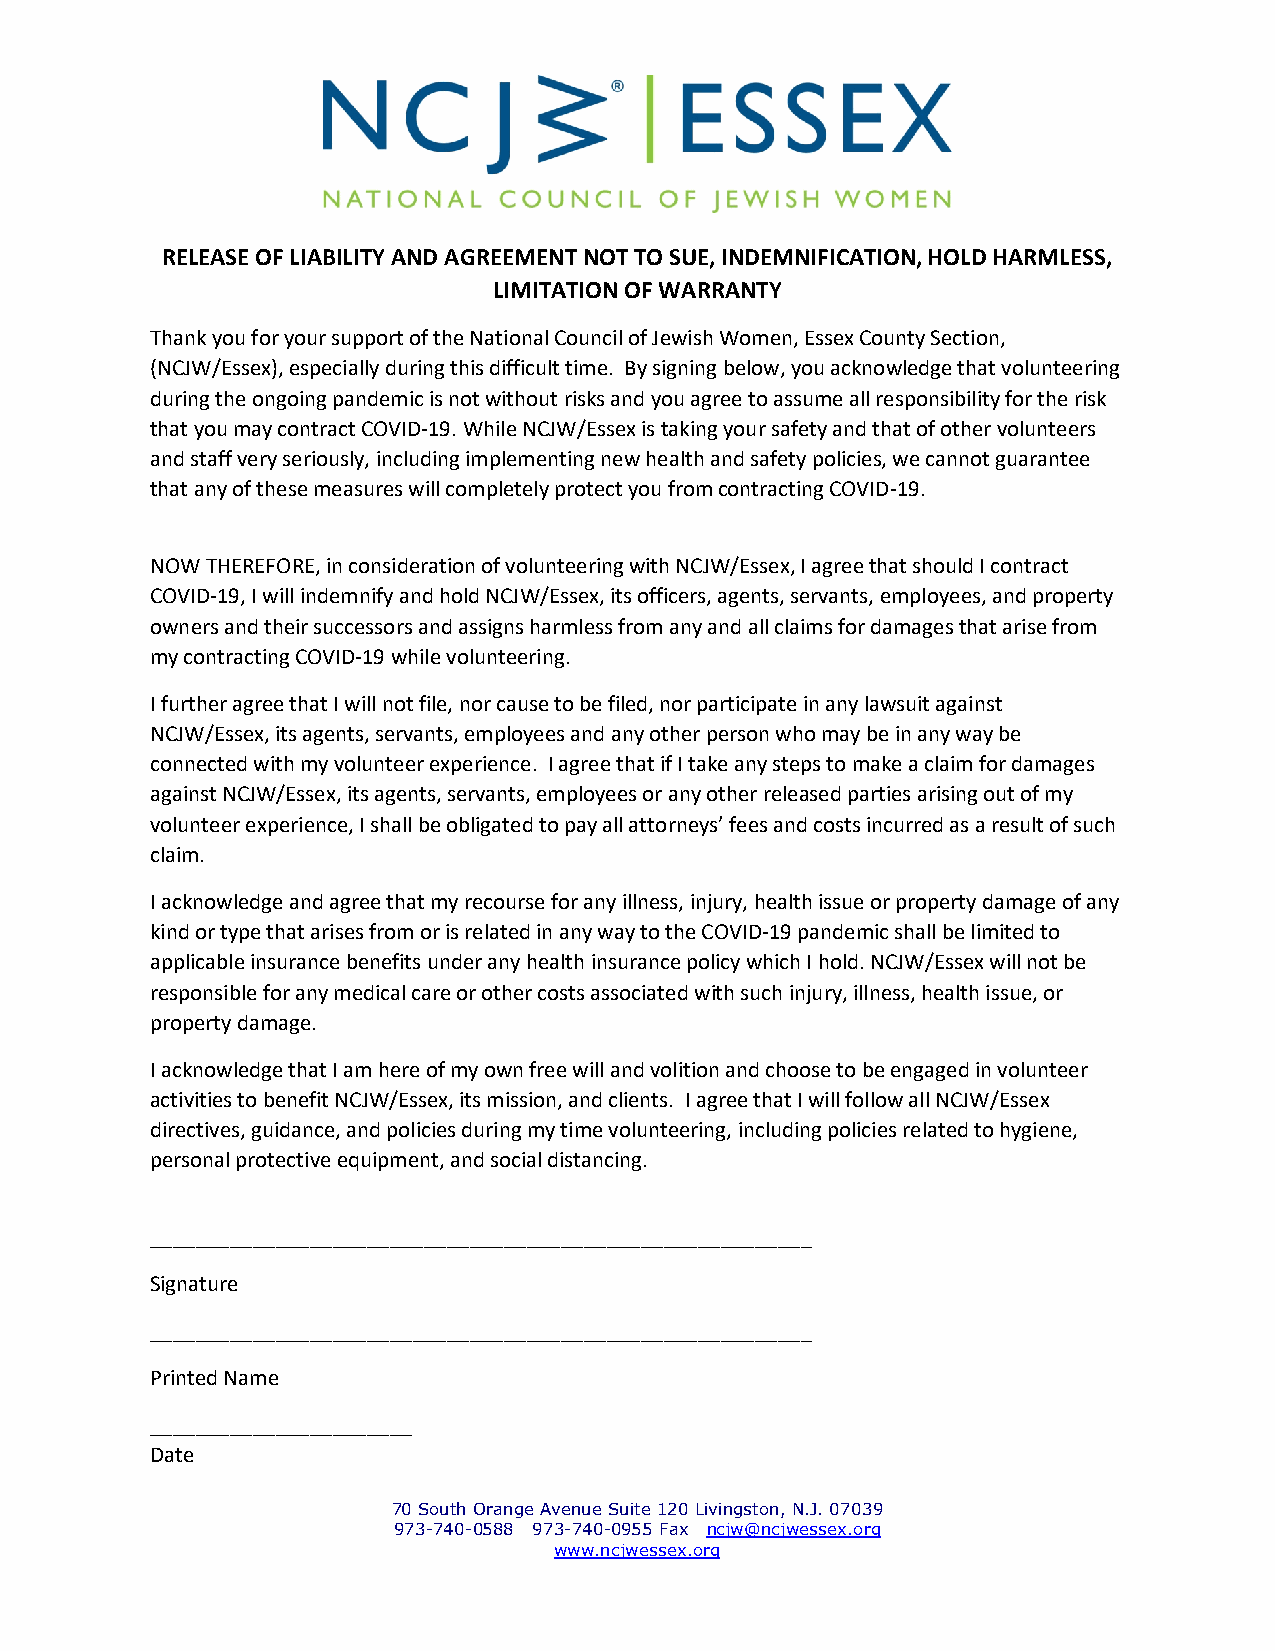
RELEASE OF LIABILITY AND AGREEMENT NOT TO SUE, INDEMNIFICATION, HOLD HARMLESS,
 LIMITATION OF WARRANTY
 Thank you for your support of the National Council of Jewish Women, Essex County Section,
 (NCJW/Essex), especially during this difficult time. By signing below, you acknowledge that volunteering
 during the ongoing pandemic is not without risks and you agree to assume all responsibility for the risk
 that you may contract COVID-19. While NCJW/Essex is taking your safety and that of other volunteers
 and staff very seriously, including implementing new health and safety policies, we cannot guarantee
 that any of these measures will completely protect you from contracting COVID-19.
 NOW THEREFORE, in consideration of volunteering with NCJW/Essex, I agree that should I contract
 COVID-19, I will indemnify and hold NCJW/Essex, its officers, agents, servants, employees, and property
 owners and their successors and assigns harmless from any and all claims for damages that arise from
 my contracting COVID-19 while volunteering.
 I further agree that I will not file, nor cause to be filed, nor participate in any lawsuit against
 NCJW/Essex, its agents, servants, employees and any other person who may be in any way be
 connected with my volunteer experience. I agree that if I take any steps to make a claim for damages
 against NCJW/Essex, its agents, servants, employees or any other released parties arising out of my
 volunteer experience, I shall be obligated to pay all attorneys’ fees and costs incurred as a result of such
 claim.
 I acknowledge and agree that my recourse for any illness, injury, health issue or property damage of any
 kind or type that arises from or is related in any way to the COVID-19 pandemic shall be limited to
 applicable insurance benefits under any health insurance policy which I hold. NCJW/Essex will not be
 responsible for any medical care or other costs associated with such injury, illness, health issue, or
 property damage.
 I acknowledge that I am here of my own free will and volition and choose to be engaged in volunteer
 activities to benefit NCJW/Essex, its mission, and clients. I agree that I will follow all NCJW/Essex
 directives, guidance, and policies during my time volunteering, including policies related to hygiene,
 personal protective equipment, and social distancing.
 __________________________________________________________
 Signature
 __________________________________________________________
 Printed Name
 _______________________
 Date
 70 South Orange Avenue Suite 120 Livingston, N.J. 07039
 973-740-0588 973-740-0955 Fax ncjw@ncjwessex.org
 www.ncjwessex.org